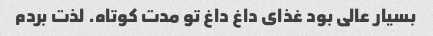
بسیار عالی بود غذای داغ داغ تو مدت کوتاه. لذت بردم